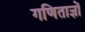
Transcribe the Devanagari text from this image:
गणिताज्ञों